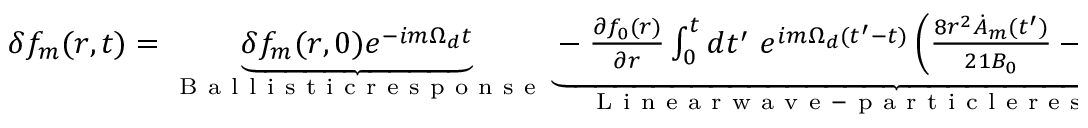
\begin{array} { r } { \delta f _ { m } ( r , t ) = \underbrace { \delta f _ { m } ( r , 0 ) e ^ { - i m \Omega _ { d } t } } _ { \mathrm { ~ B ~ a ~ l ~ l ~ i ~ s ~ t ~ i ~ c ~ r ~ e ~ s ~ p ~ o ~ n ~ s ~ e ~ } } \underbrace { - \frac { \partial f _ { 0 } ( r ) } { \partial r } \int _ { 0 } ^ { t } d t ^ { \prime } \ e ^ { i m \Omega _ { d } ( t ^ { \prime } - t ) } \left( \frac { 8 r ^ { 2 } \dot { A } _ { m } ( t ^ { \prime } ) } { 2 1 B _ { 0 } } - i m \frac { \mu A _ { m } ( t ^ { \prime } ) } { q B _ { 0 } \gamma } \right) } _ { \mathrm { ~ L ~ i ~ n ~ e ~ a ~ r ~ w ~ a ~ v ~ e ~ - ~ p ~ a ~ r ~ t ~ i ~ c ~ l ~ e ~ r ~ e ~ s ~ p ~ o ~ n ~ s ~ e ~ } } . } \end{array}